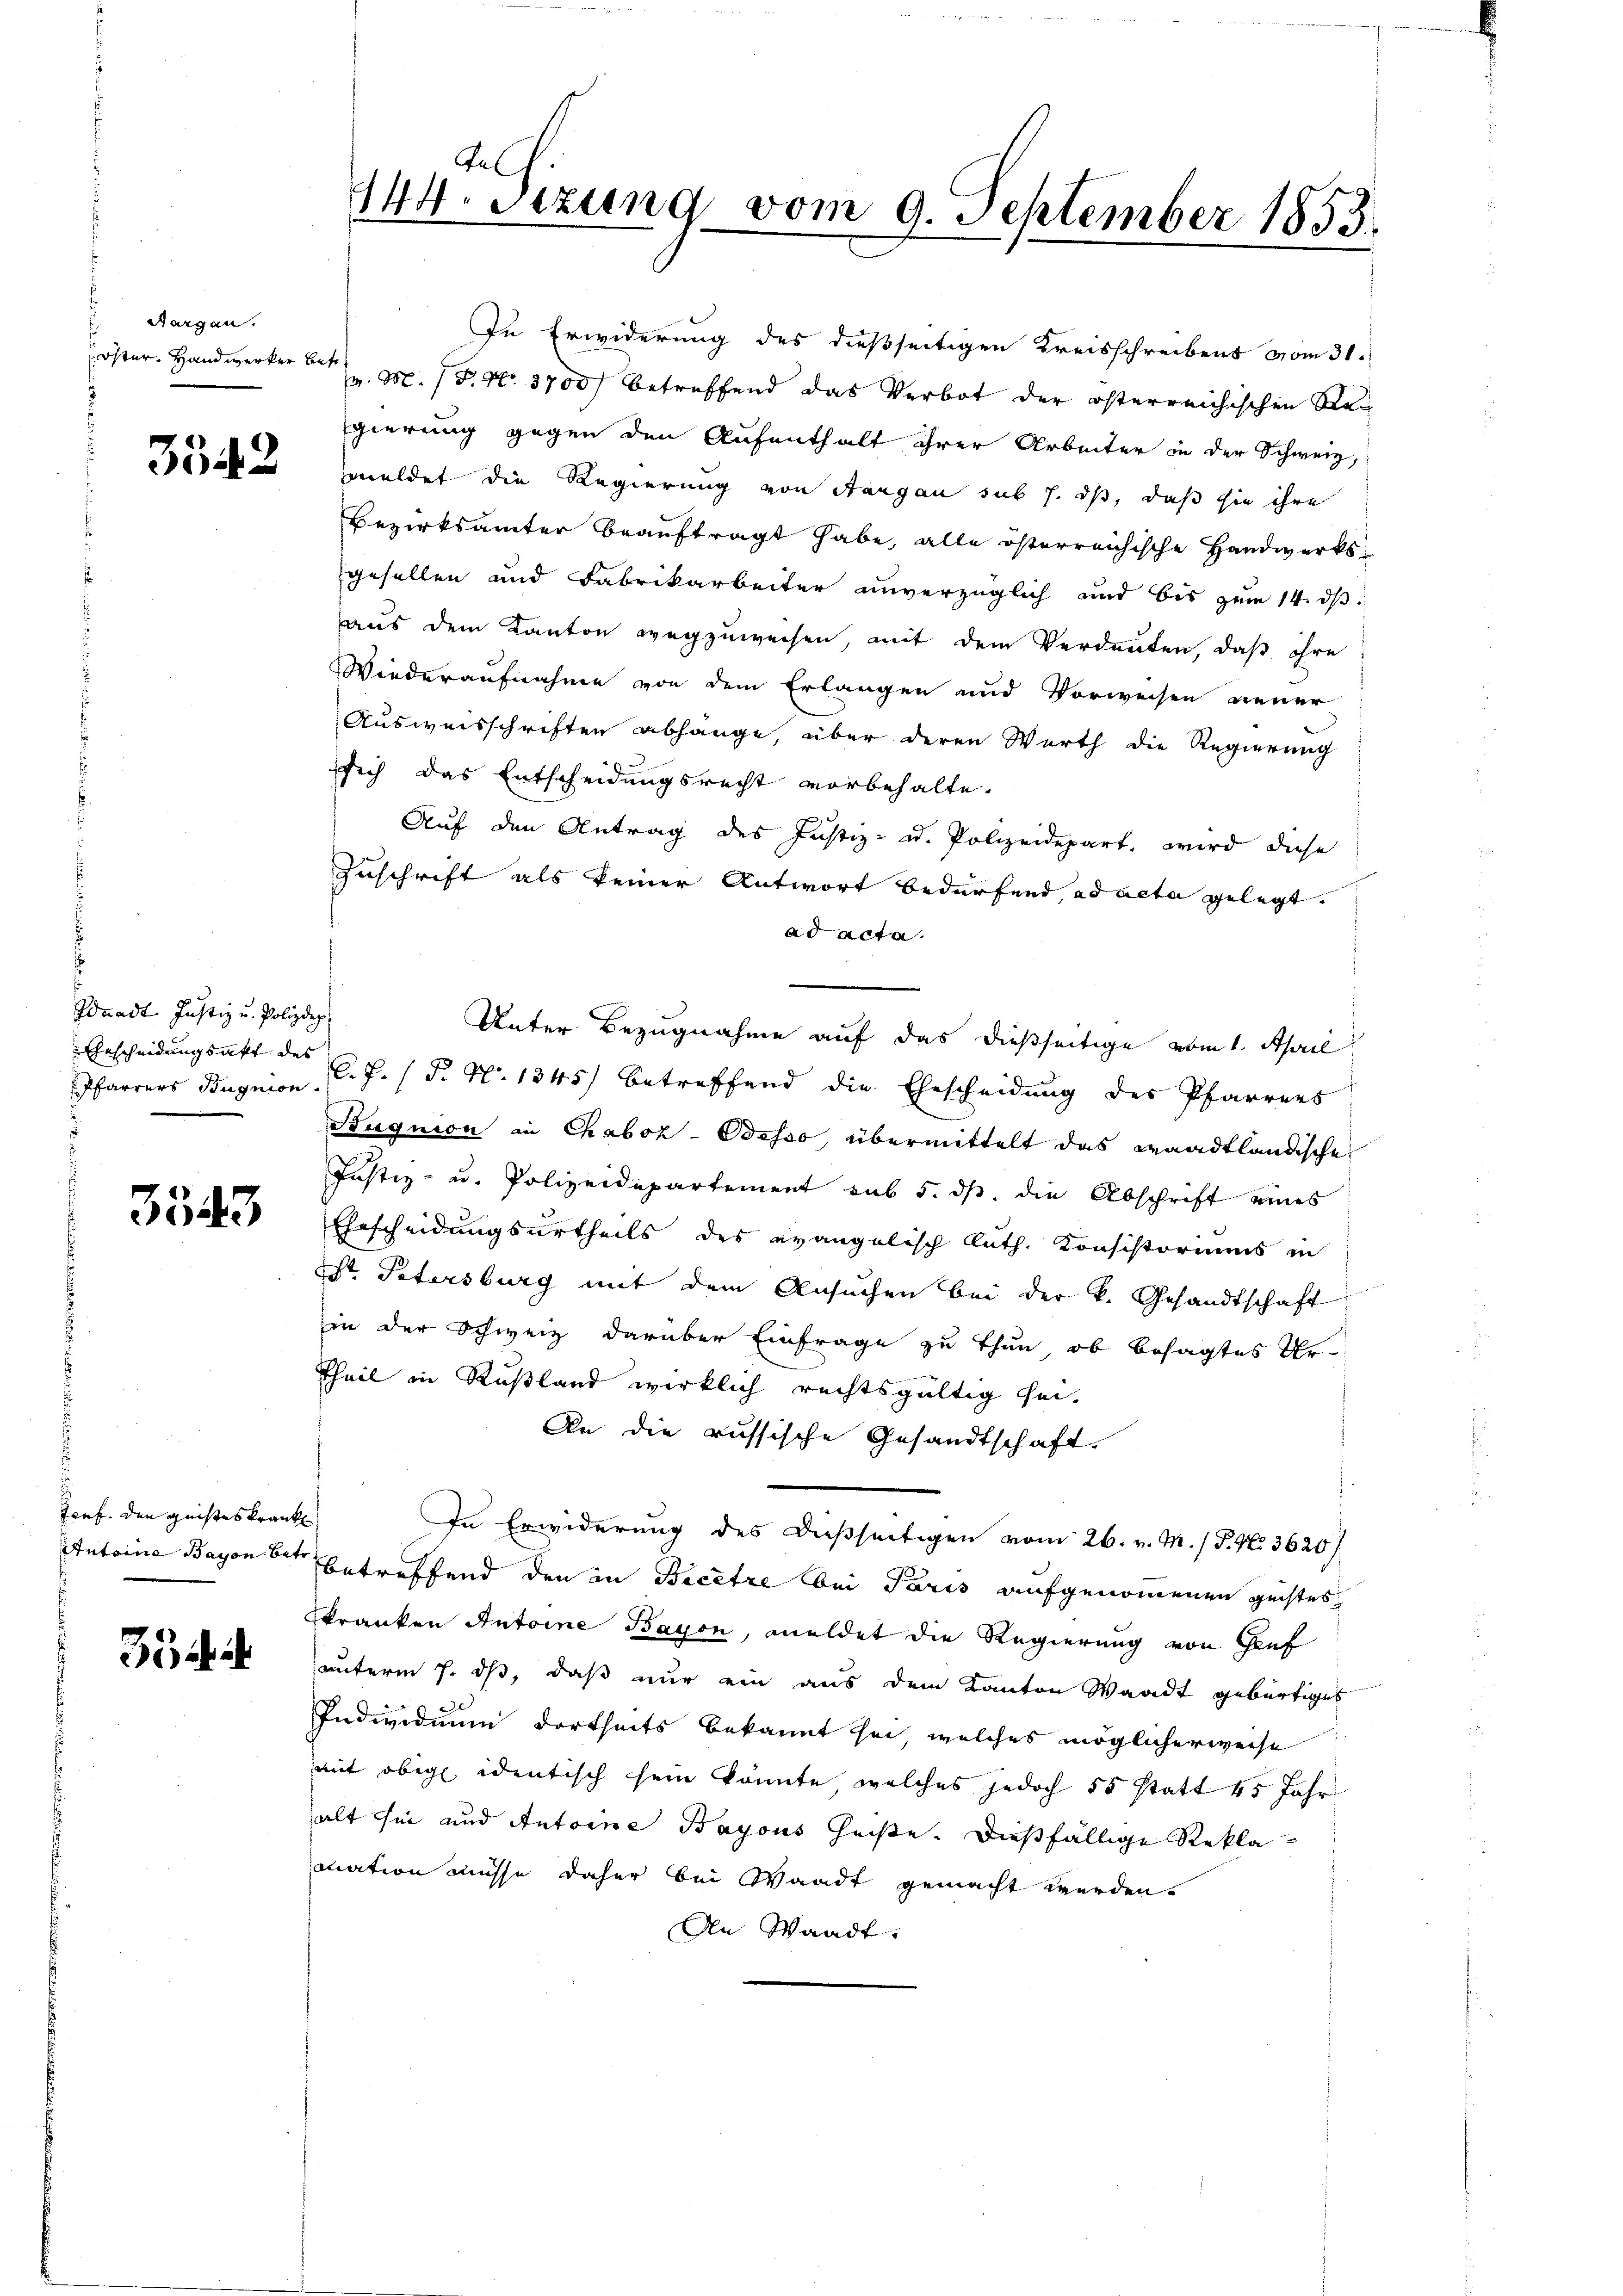
Aargau.
¬

3542

Idaadt Justiz u. Polizdep
Gescheidungsakt des

3543

Tonf. den geisteskrank

35 i

Tel
144. Sezung vom 9. September 1855.

In Erwiderung des dießseitigen Kreisschreibens vom 31.
öster. Handwerker v. M. P. Nr. 3700 betreffend das Verbot der österreichischen Regierung gegen den Aufenthalt ihrer Arbeiter in der Schweiz,
meldet die Regierung von Aargau sub 7. dß, daß sie ihre
Bezirksamter beauftragt habe, alle österreichische Handwerksgesellen und Fabrikarbeiter unverzüglich und bis zum 14. ds.
aus dem Kanton wegzuweisen, mit dem Verdanten, daß ihre
Wiederaufnahme von dem Erlangen und Vorweisen neuer
Ausweisschriften abhänge, über deren Werth die Regierung
sich das Entscheidungsrecht vorbehalte.
Auf den Antrag des Justiz- u. Polizeidepart, wird diese
Zuschrift als keiner Antwort bedürfend, ad acta gelegt.
ad acta
Unter Bezugnahme auf das dießseitige vom 1. April
Pfarrers Bugnion d. J. (T. N. 1345) betreffend die Ehescheidung des Pfarrers
Buqnion in Chaboz-Besso, übermittelt das waadtländische
Justiz- u. Polizeidepartement sub 5. ds. die Abschrift eines
Ehrscheidungsurtheils des evangelisch Ruth. Konsistoriums in
Dr. Patersburg mit dem Ansuchen bei der k. Gesandtschaft
in der Schweiz darüber Einfrage zu thun, ob besagtes Ur¬
Theil in Rußland wirklich rechtsgültig sei¬
An die russische Gesandtschaft.
In Erwiderung des daßseitigen vom 26. v. M. / P. N. 3620/
Antoine Bayon der betreffend den in Bicêtre bei Paris aufgenommenen geistes
skranken Antoine Bayon, meldet die Regierung von Genf
unterm 7. ds, daß nur ein aus dem Kanton Waadt gebürtiges
Individuum dortheits bekannt sei, welches möglicherweise
mit obige identisch sein könnte, welches jedoch 55 statt 45 Jahr
alt sei und Antoine Bayous heiße. Dießfällige Reklamation müsse daher bei Waadt gemacht werden.
An Waadt,